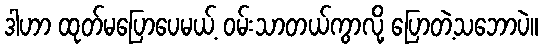
ဒါဟာ ထုတ်မပြောပေမယ့် ဝမ်းသာတယ်ကွာလို့ ပြောတဲ့သဘောပဲ။